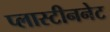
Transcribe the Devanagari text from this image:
प्लास्टीननेट